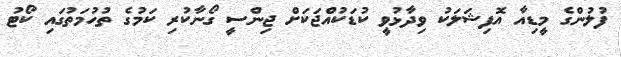
ފުލުުންގެ މީޑިއާ އޮފިޝަލަކު ވިދާޅުވީ ކުޑަކުއްޖަކަށް ޖިންސީ ގޯނާކުރި ކަމުގެ ތުހުމަތުގައި ކޯޓު